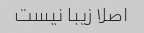
اصلا زیبا نیست